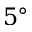
5 ^ { \circ }